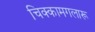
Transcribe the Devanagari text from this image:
चिक्कामगलारू